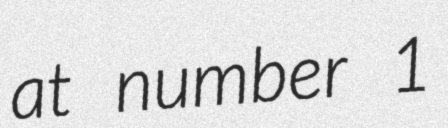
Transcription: at number 1